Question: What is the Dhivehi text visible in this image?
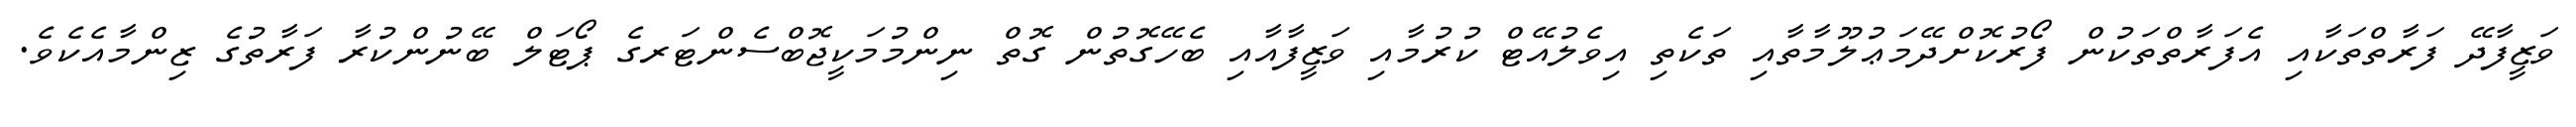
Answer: ވަޒީފާދޭ ފަރާތްތަކާއި އެފަރާތްތަކުން ފޯރުކޮށްދޭމަޢުލޫމާތާއި ތަކެތި އިވެލުއޭޓް ކުރުމާއި ވަޒީފާއާއި ބެހޭގޮތުން ގޮތް ނިންމުމަކީޖޮބްސެންޓަރގެ ޕޯޓަލް ބޭނުންކުރާ ފަރާތުގެ ޒިންމާއެކެވެ.